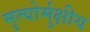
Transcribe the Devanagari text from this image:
मृत्‍योर्मुक्षीय